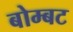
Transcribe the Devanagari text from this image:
बोम्बट